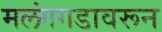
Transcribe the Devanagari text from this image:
मलंगगडावरून